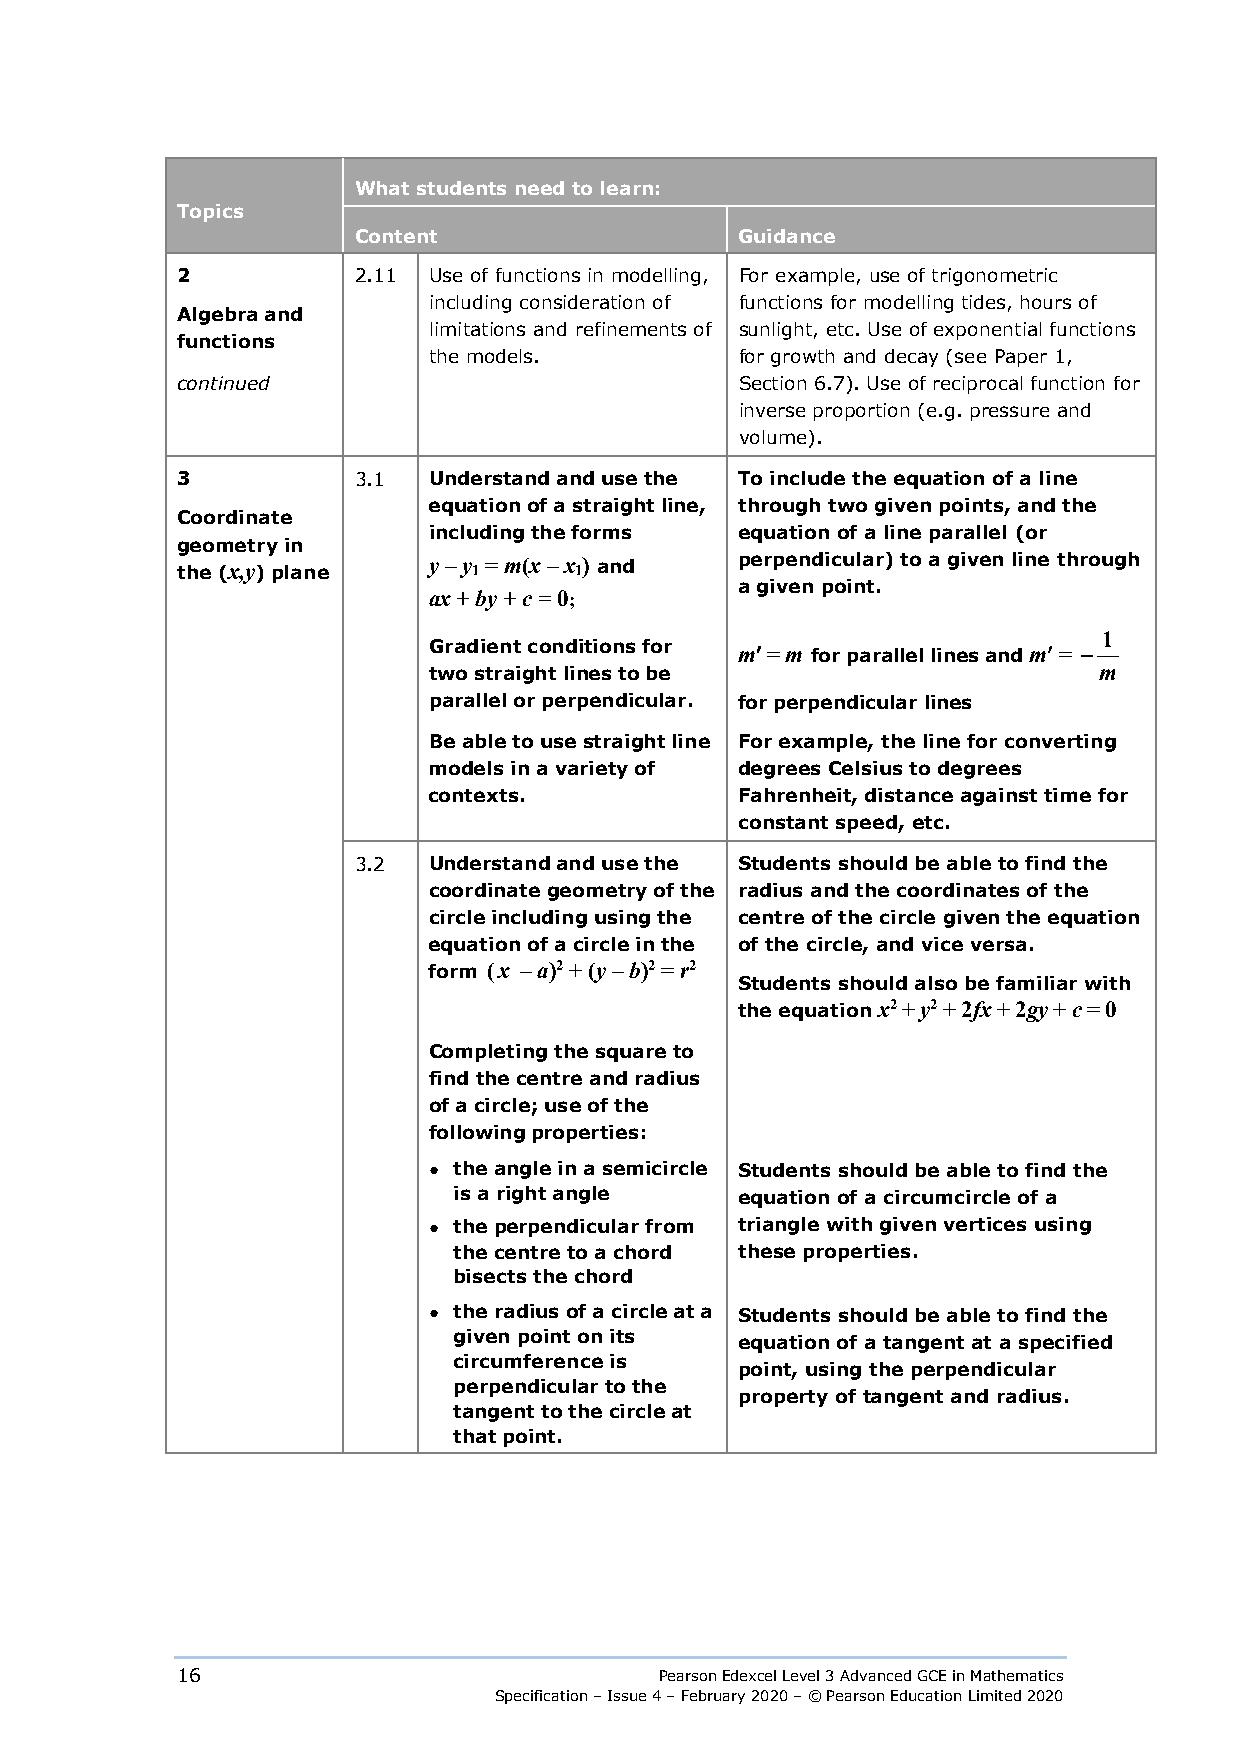
What students need to learn:
 Topics
 Content                   Guidance
 2          2.11 Use of functions in modelling, For example, use of trigonometric
 including consideration of functions for modelling tides, hours of
 Algebra and
 limitations and refinements of sunlight, etc. Use of exponential functions
 functions
 the models.          for growth and decay (see Paper 1,
 continued                            Section 6.7). Use of reciprocal function for
 inverse proportion (e.g. pressure and
 volume).
 3          3.1  Understand and use the To include the equation of a line
 equation of a straight line, through two given points, and the
 Coordinate
 including the forms  equation of a line parallel (or
 geometry in
 the (x,y) plane y – y 1 = m(x – x 1) and perpendicular) to a given line through
 a given point.
 ax + by + c = 0;
 1
 Gradient conditions for m′ = m for parallel lines and m′ = −
 two straight lines to be                     m
 parallel or perpendicular. for perpendicular lines
 Be able to use straight line For example, the line for converting
 models in a variety of degrees Celsius to degrees
 contexts.            Fahrenheit, distance against time for
 constant speed, etc.
 3.2  Understand and use the Students should be able to find the
 coordinate geometry of the radius and the coordinates of the
 circle including using the centre of the circle given the equation
 equation of a circle in the of the circle, and vice versa.
 form (x – a)2 + (y – b)2 = r2
 Students should also be familiar with
 the equation x2 + y2 + 2fx + 2gy + c = 0
 Completing the square to
 find the centre and radius
 of a circle; use of the
 following properties:
 ● the angle in a semicircle Students should be able to find the
 is a right angle   equation of a circumcircle of a
 ● the perpendicular from triangle with given vertices using
 the centre to a chord these properties.
 bisects the chord
 ● the radius of a circle at a Students should be able to find the
 given point on its equation of a tangent at a specified
 circumference is
 point, using the perpendicular
 perpendicular to the
 property of tangent and radius.
 tangent to the circle at
 that point.
 16                              Pearson Edexcel Level 3 Advanced GCE in Mathematics
 Specification – Issue 4 – February 2020 – © Pearson Education Limited 2020